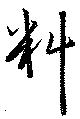
料